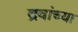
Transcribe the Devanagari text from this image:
द्रवांच्या